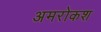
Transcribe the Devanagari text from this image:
अमरोकश